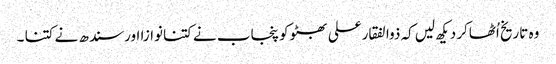
وہ تاریخ اُٹھاکر دیکھ لیں کہ ذوالفقارعلی بھٹوکو پنجاب نے کتنانوازا اورسندھ نے کتنا ۔